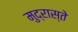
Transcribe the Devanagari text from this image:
मुद्रास्ते